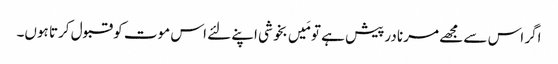
اگر اس سے مجھے مرنا درپیش ہے تو مَیں بخوشی اپنے لئے اس موت کو قبول کرتا ہوں۔